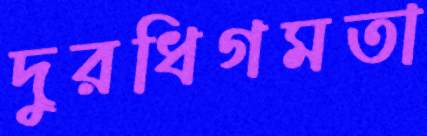
দুরধিগমতা